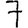
Digit: 7